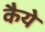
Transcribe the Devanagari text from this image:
कैये